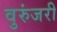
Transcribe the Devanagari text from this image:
वुरुंजरी